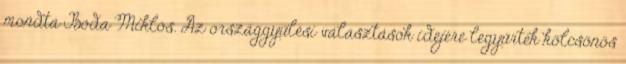
mondta Boda Miklós. Az országgyűlési választások idejére legyűrték kölcsönös